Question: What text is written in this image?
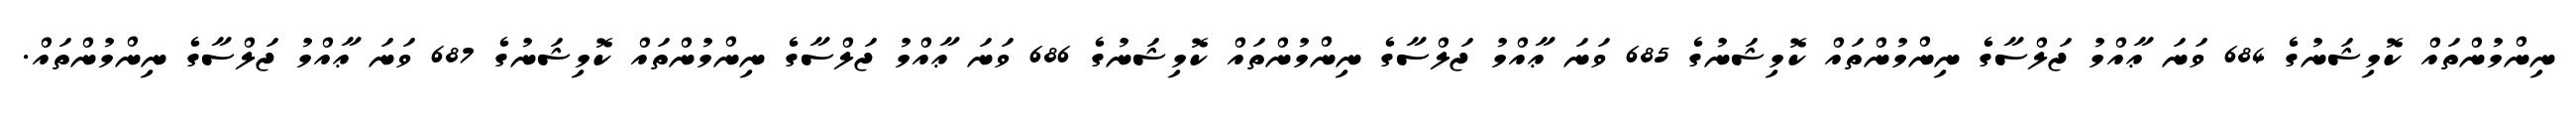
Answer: ނިންމުންތައް ކޮމިޝަނުގެ 684 ވަނަ ޢާއްމު ޖަލްސާގެ ނިންމުންތައް ކޮމިޝަނުގެ 685 ވަނަ ޢާއްމު ޖަލްސާގެ ނިންމުންތައް ކޮމިޝަނުގެ 686 ވަނަ ޢާއްމު ޖަލްސާގެ ނިންމުންތައް ކޮމިޝަނުގެ 687 ވަނަ ޢާއްމު ޖަލްސާގެ ނިންމުންތައް.